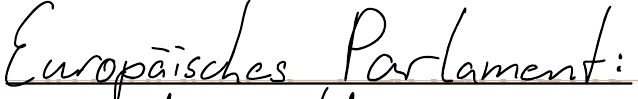
Europäisches Parlament: